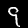
Digit: 9